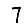
Digit: 7